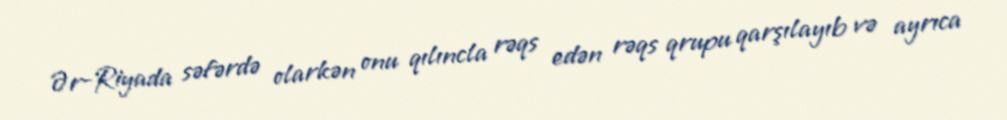
Ər-Riyada səfərdə olarkən onu qılıncla rəqs edən rəqs qrupu qarşılayıb və ayrıca